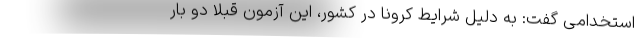
استخدامی گفت: به دلیل شرایط کرونا در کشور، این آزمون قبلاً دو بار